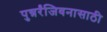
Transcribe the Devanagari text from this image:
पुन्नर्रंजिवनासाठी